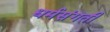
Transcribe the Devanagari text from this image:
धर्मसंगती